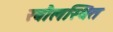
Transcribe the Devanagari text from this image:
रबौलस्थित